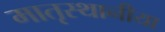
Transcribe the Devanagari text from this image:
मातृस्थानीया